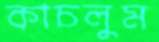
কাচলুম